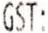
GST: